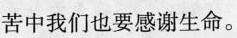
苦中我们也要感谢生命。